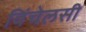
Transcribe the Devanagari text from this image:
विंचेलसी